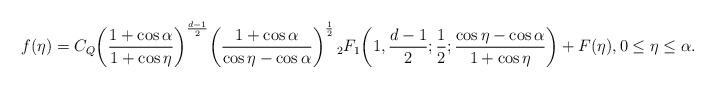
LaTeX: \begin{align*}f(\eta) = C_Q \bigg(\frac{1+\cos\alpha}{1+\cos\eta} \bigg)^{\frac{d-1}{2}} \bigg(\frac{1+\cos\alpha}{\cos\eta-\cos\alpha} \bigg)^{\frac{1}{2}} \, {}_2 F_1\bigg (1, \frac {d-1} {2};\frac {1} {2}; \frac{\cos\eta-\cos\alpha}{1+\cos\eta} \bigg) + F(\eta), 0 \leq \eta \leq \alpha.\end{align*}